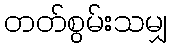
တတ်စွမ်းသမျှ